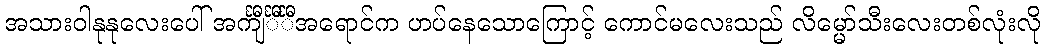
အသားဝါနုနုလေးပေါ် အင်္ကျီင်္ီင်္ီအရောင်က ဟပ်နေသောကြောင့် ကောင်မလေးသည် လိမ္မော်သီးလေးတစ်လုံးလို